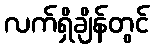
လက်ရှိချိန်တွင်